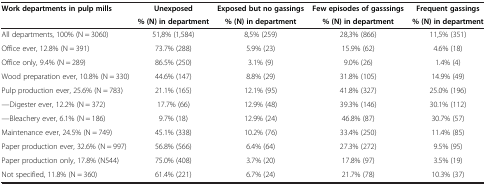
<table><thead><tr><td rowspan="2"><b>Work departments in pulp mills</b></td><td><b>Unexposed</b></td><td><b>Exposed but no gassings</b></td><td><b>Few episodes of gasssings</b></td><td><b>Frequent gassings</b></td></tr><tr><td><b>% (N) in department</b></td><td><b>% (N) in department</b></td><td><b>% (N) in department</b></td><td><b>% (N) in department</b></td></tr></thead><tbody><tr><td>All departments, 100% (N = 3060)</td><td>51,8% (1,584)</td><td>8,5% (259)</td><td>28,3% (866)</td><td>11,5% (351)</td></tr><tr><td>Office ever, 12.8% (N = 391)</td><td>73.7% (288)</td><td>5.9% (23)</td><td>15.9% (62)</td><td>4.6% (18)</td></tr><tr><td>Office only, 9.4% (N = 289)</td><td>86.5% (250)</td><td>3.1% (9)</td><td>9.0% (26)</td><td>1.4% (4)</td></tr><tr><td>Wood preparation ever, 10.8% (N = 330)</td><td>44.6% (147)</td><td>8.8% (29)</td><td>31.8% (105)</td><td>14.9% (49)</td></tr><tr><td>Pulp production ever, 25.6% (N = 783)</td><td>21.1% (165)</td><td>12.1% (95)</td><td>41.8% (327)</td><td>25.0% (196)</td></tr><tr><td>---Digester ever, 12.2% (N = 372)</td><td>17.7% (66)</td><td>12.9% (48)</td><td>39.3% (146)</td><td>30.1% (112)</td></tr><tr><td>---Bleachery ever, 6.1% (N = 186)</td><td>9.7% (18)</td><td>12.9% (24)</td><td>46.8% (87)</td><td>30.7% (57)</td></tr><tr><td>Maintenance ever, 24.5% (N = 749)</td><td>45.1% (338)</td><td>10.2% (76)</td><td>33.4% (250)</td><td>11.4% (85)</td></tr><tr><td>Paper production ever, 32.6% (N = 997)</td><td>56.8% (566)</td><td>6.4% (64)</td><td>27.3% (272)</td><td>9.5% (95)</td></tr><tr><td>Paper production only, 17.8% (N544)</td><td>75.0% (408)</td><td>3.7% (20)</td><td>17.8% (97)</td><td>3.5% (19)</td></tr><tr><td>Not specified, 11.8% (N = 360)</td><td>61.4% (221)</td><td>6.7% (24)</td><td>21.7% (78)</td><td>10.3% (37)</td></tr></tbody></table>